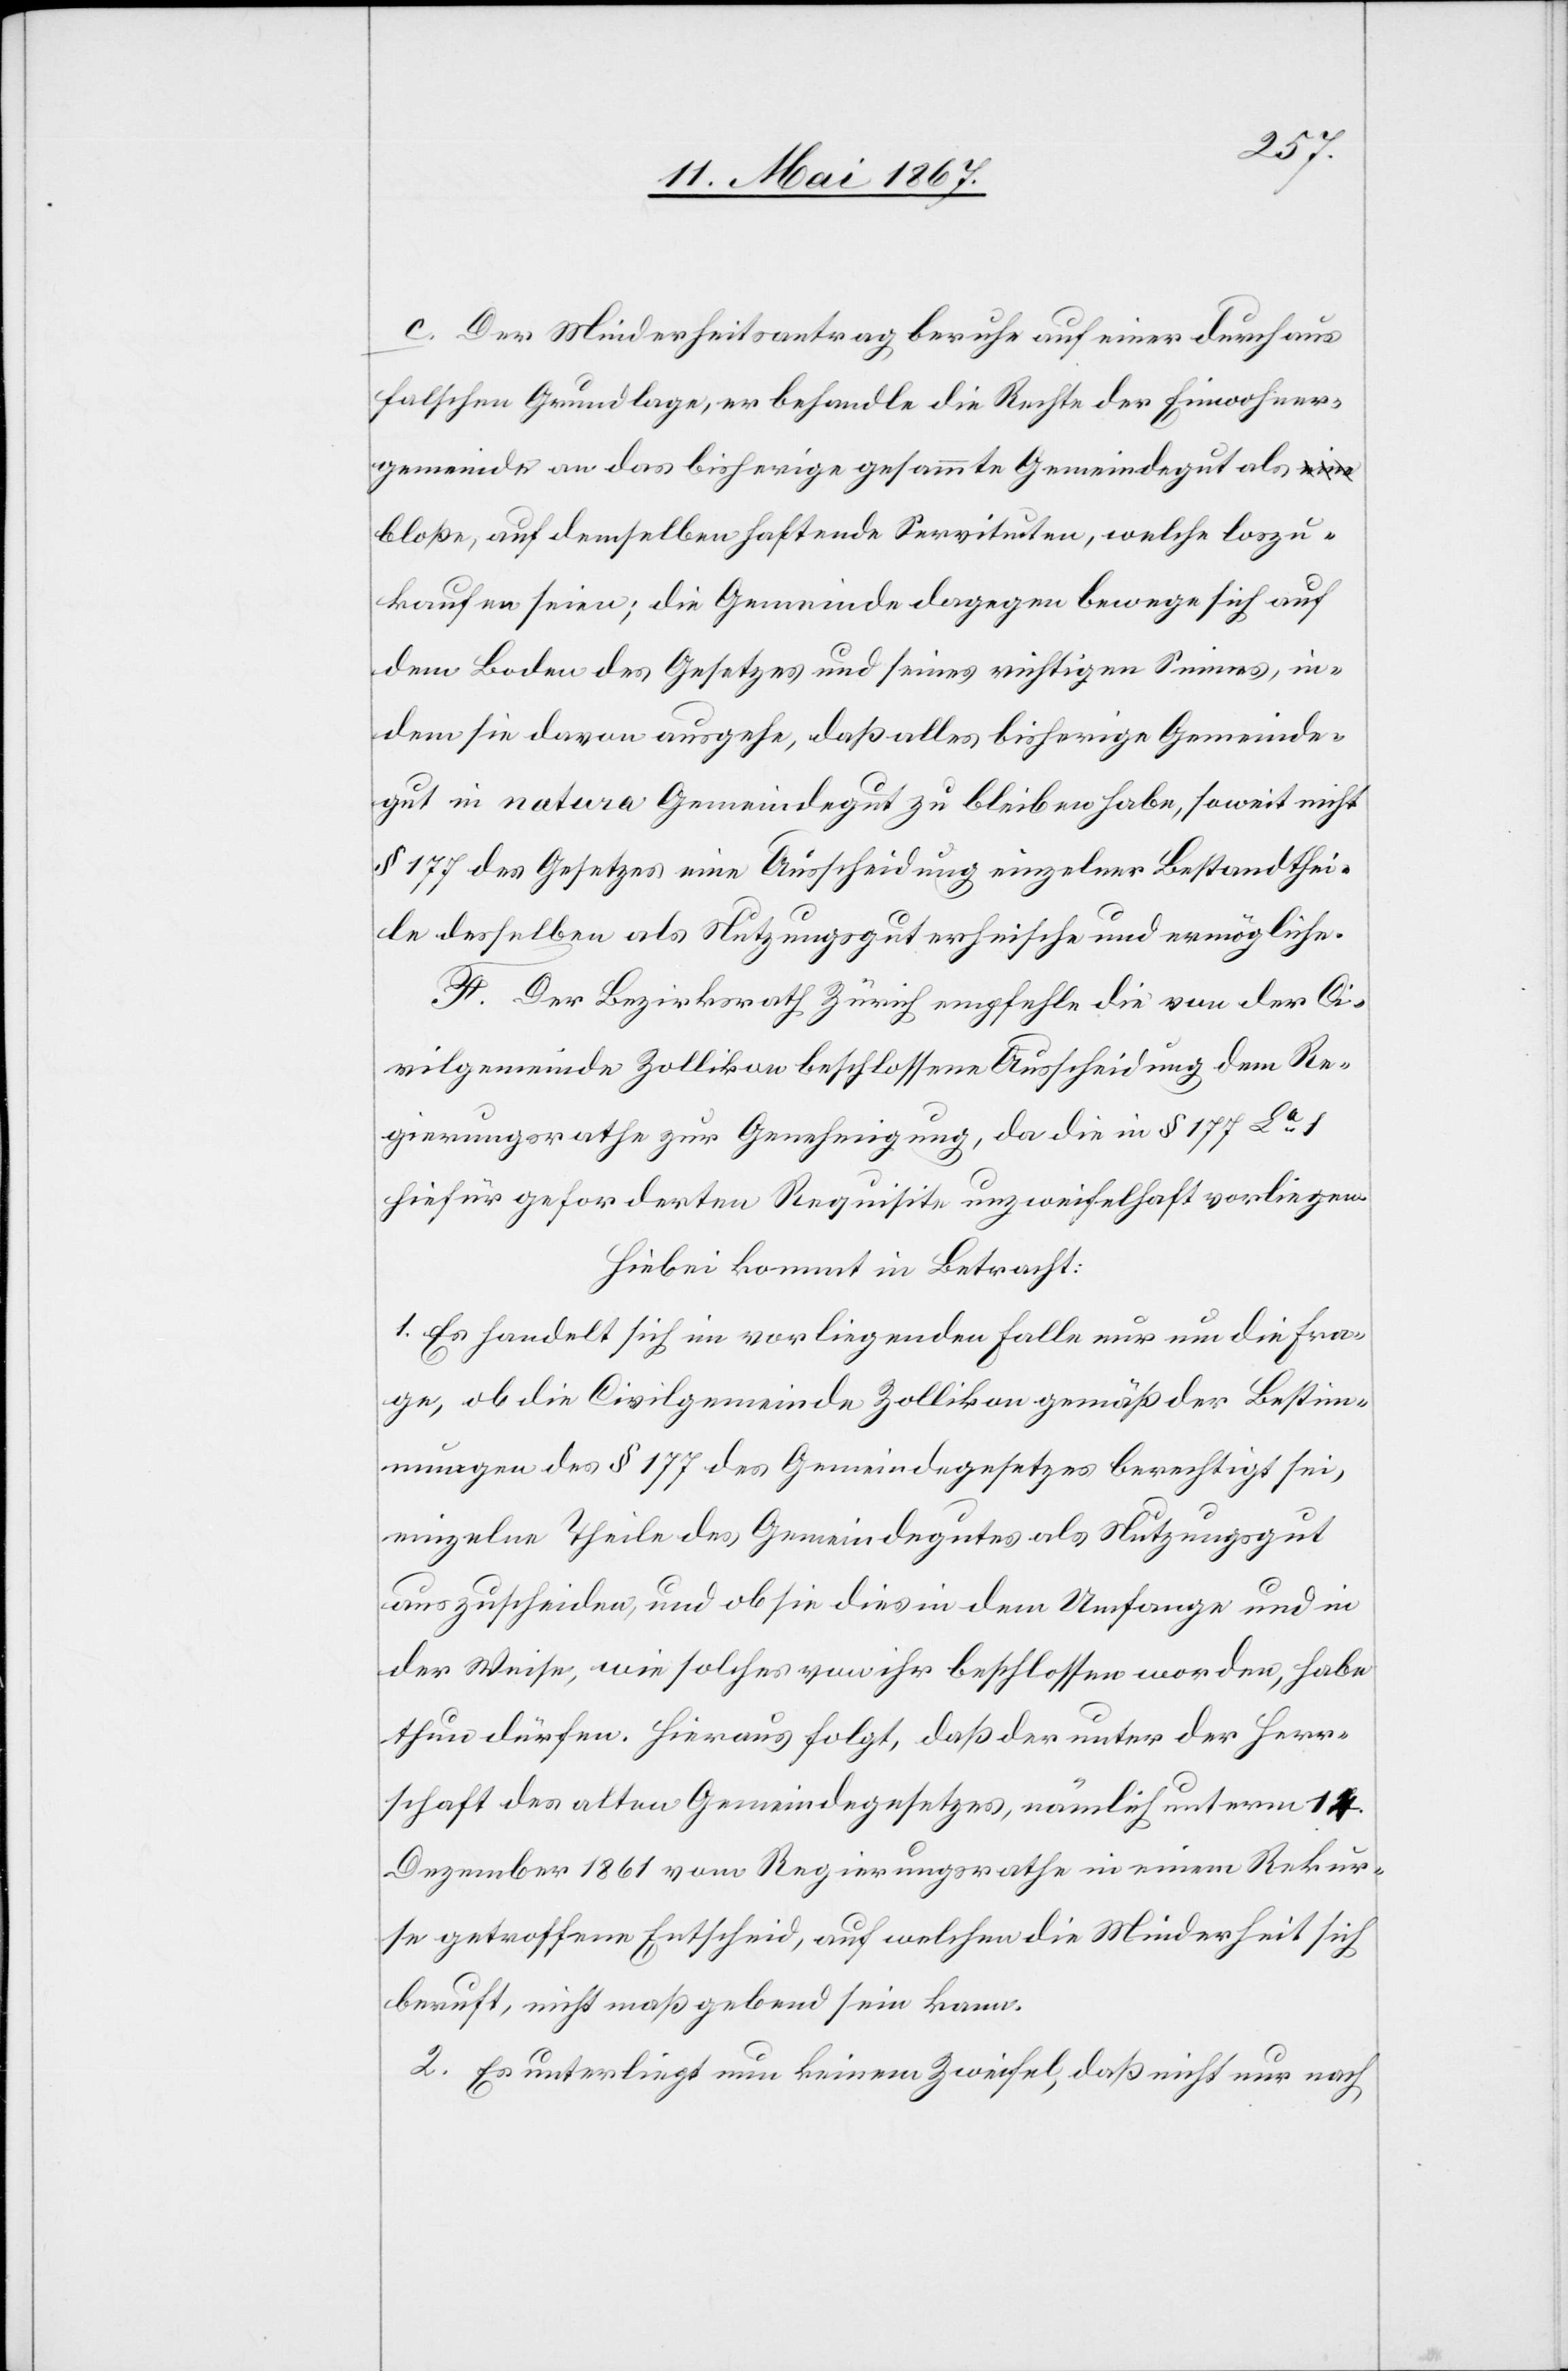
c. Der Minderheitsantrag beruhe auf einer durchaus
falschen Grundlage, er behandle die Rechte der Einwohner¬
gemeinde an das bisherige gesammte Gemeindegut als
bloße, auf demselben haftende Servituten, welche loszu¬
kaufen seien; die Gemeinde dagegen bewege sich auf
dem Boden des Gesetzes und seines richtigen Sinnes, in¬
dem sie davon ausgehe, daß alles bisherige Gemeinde¬
gut in natura Gemeindgut zu bleiben habe, soweit nicht
§ 177 des Gesetzes eine Ausscheidung einzelner Bestandthei¬
le desselben als Nutzungsgut erheische und ermögliche.
F. Der Bezirksrath Zürich empfehle, die von der Ci¬
vilgemeinde Zollikon beschlossene Ausscheidung dem Re¬
gierungsrathe zur Genehmigung, da die in § 177 La
hiefür geforderten Requisite unzweifelhaft vorliegen.
Hiebei kommt in Betracht:
1. Es handelt sich in vorliegenden Falle nur um die Fra¬
ge, ob die Civilgemeinde Zollikon gemäß der Bestim¬
mung des § 177 des Gemeindegesetzes berechtigt sei,
einzelne Theile des Gemeindgutes als Nutzungsgut
auszuscheiden, und ob sie dies in dem Umfange und in
der Weise, wie solches von ihr beschlossen worden, habe
thun dürfen. Hieraus folgt, daß der unter der Herr¬
schaft des alten Gemeindegesetzes, nämlich unterm 14.
Dezember 1867 vom Regierungsrathe in einem Rekur¬
se getroffene Entscheid, auf welchen die Minderheit sich
beruft, nicht maßgebend sein kann.
2. Es unterliegt nun keinem Zweifel, daß nicht nur nach